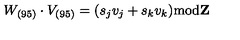
W _ { ( 9 5 ) } \cdot V _ { ( 9 5 ) } = ( s _ { j } v _ { j } + s _ { k } v _ { k } ) \mathrm { m o d } { \bf Z }